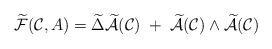
LaTeX: \begin{align*}\widetilde {\cal F} ({\cal {C}},A) = \widetilde {\Delta} \widetilde {\cal A} ({\cal C}) \; + \; \widetilde {\cal A} ({\cal C}) \wedge \widetilde {\cal A} ({\cal C})\end{align*}